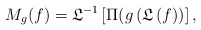
\begin{align*} M_g(f) = {\mathfrak L}^{-1} \left[ \Pi (g \left({\mathfrak L}\left(f \right)\right) \right], \end{align*}